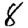
Digit: 8